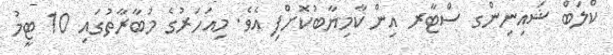
ކްލަބް ޝައިނިންގ ސްޓާރ އިން ކާމިޔާބުކޮށްފި އެވެ. މިއަހަރުގެ މުބާރާތުގައި 10 ޓީމު